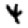
Digit: 4